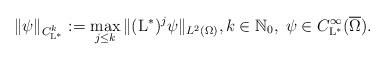
LaTeX: \begin{align*}\|\psi\|_{C^{k}_{{\rm L}^*}}:=\max_{j\leq k}\|({\rm L}^*)^{j}\psi\|_{L^2(\Omega)}, k\in\mathbb N_0,\; \psi\in C_{{\rm L}^*}^{\infty}(\overline{\Omega}).\end{align*}